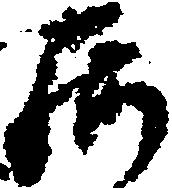
庄